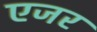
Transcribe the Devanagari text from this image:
एजर